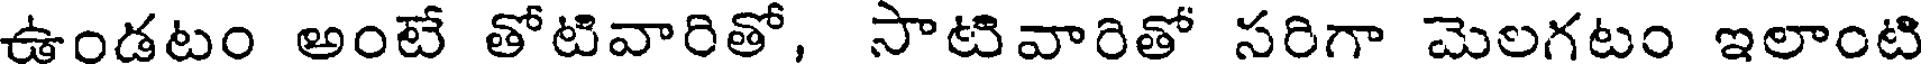
ఉండటం అంటే తోటివారితో, సాటివారితో సరిగా మెలగటం ఇలాంటి